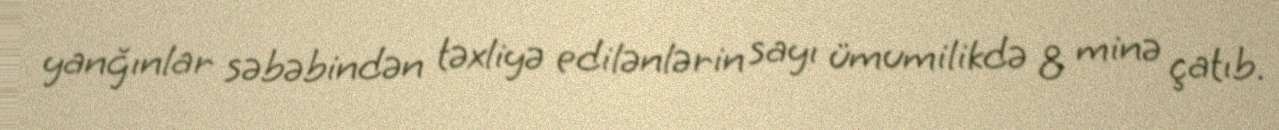
yanğınlar səbəbindən təxliyə edilənlərin sayı ümumilikdə 8 minə çatıb.